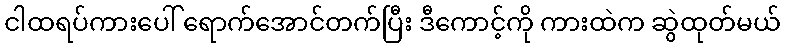
ငါထရပ်ကားပေါ် ရောက်အောင်တက်ပြီး ဒီကောင့်ကို ကားထဲက ဆွဲထုတ်မယ်